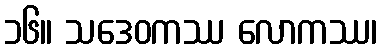
၁၆။ သဒေဝကဿ လောကဿ၊